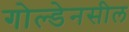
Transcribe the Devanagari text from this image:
गोल्डेनसील